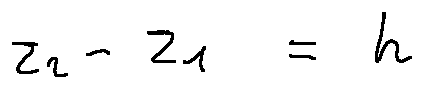
z _ { 2 } - z _ { 1 } = h